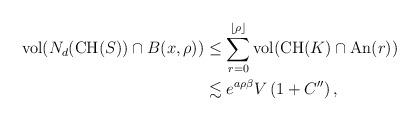
LaTeX: \begin{align*} \mathrm{vol}(N_d(\mathrm{CH}(S))\cap B(x,\rho))&\leq \sum_{r=0}^{\lfloor\rho\rfloor} \mathrm{vol}(\mathrm{CH}(K)\cap\mathrm{An}(r))\\ &\lesssim e^{a\rho \beta} V\left(1+C''\right), \end{align*}